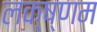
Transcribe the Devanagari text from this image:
लक्ष्णम